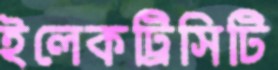
ইলেকট্রিসিটি